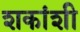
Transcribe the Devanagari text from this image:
शकांशी